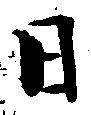
日